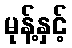
မုန့်နှင့်